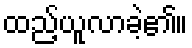
ထည့်ယူလာခဲ့၏။